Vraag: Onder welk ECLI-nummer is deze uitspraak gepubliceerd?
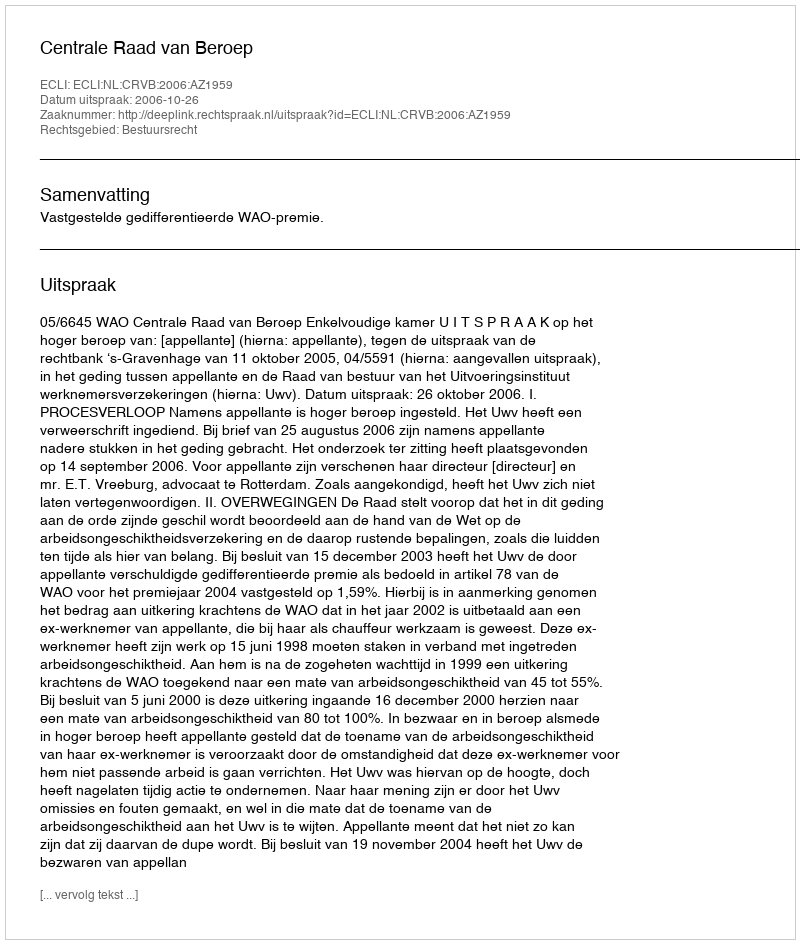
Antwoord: ECLI:NL:CRVB:2006:AZ1959